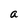
Character: a